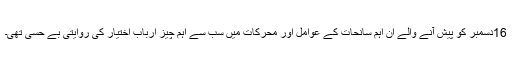
16دسمبر کو پیش آنے والے ان اہم سانحات کے عوامل اور محرکات میں سب سے اہم چیز ارباب اختیار کی روایتی بے حسی تھی۔